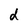
Character: d